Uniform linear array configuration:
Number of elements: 12
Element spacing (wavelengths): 0.5
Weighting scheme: hann
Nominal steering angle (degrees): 60
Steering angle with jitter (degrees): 61.537
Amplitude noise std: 0.05
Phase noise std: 0.05

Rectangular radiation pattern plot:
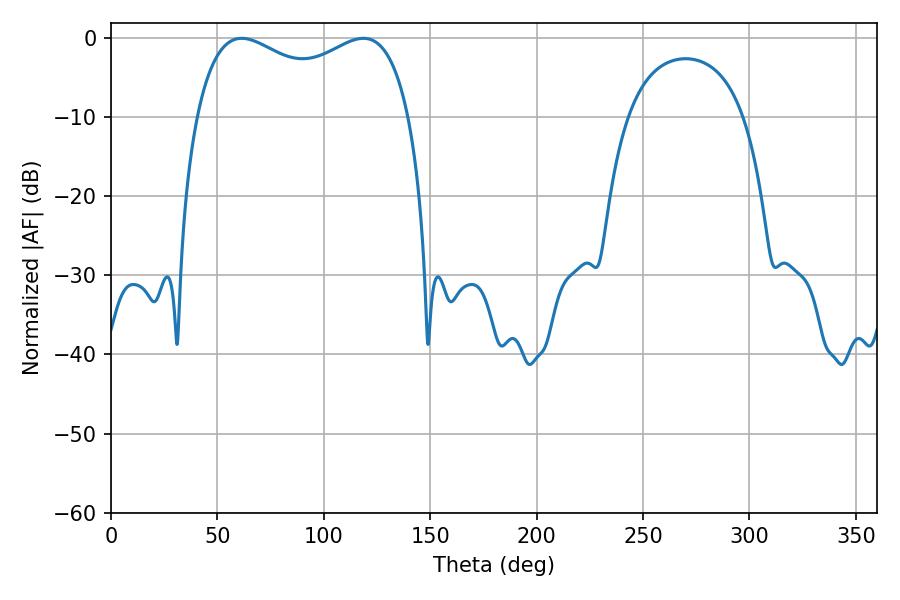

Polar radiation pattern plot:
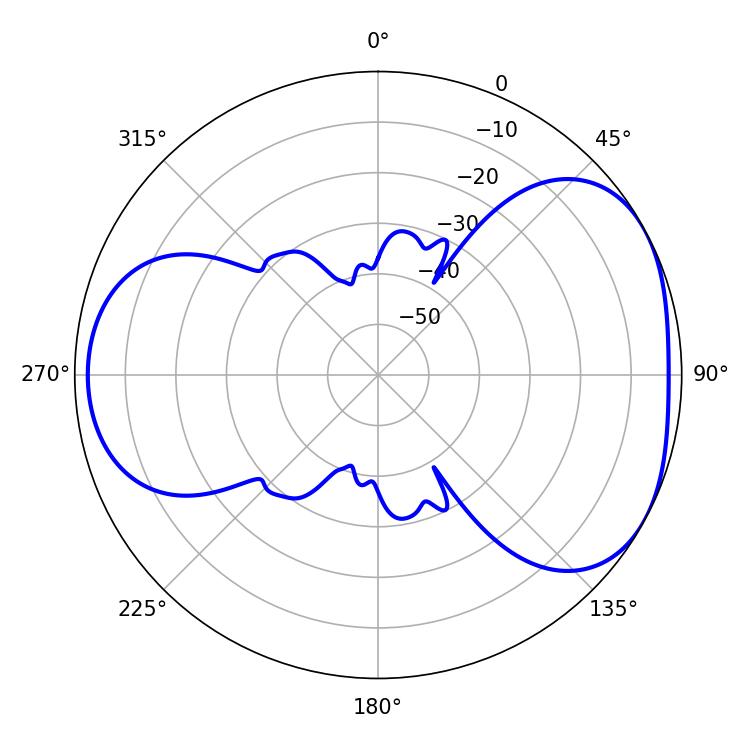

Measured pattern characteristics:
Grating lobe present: FALSE
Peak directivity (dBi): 4.426
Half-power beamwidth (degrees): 83.16
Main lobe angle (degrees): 61.38